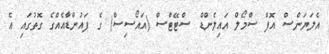
އެލަޔަންސް އޮފް ސްމޯލް އައިލެންޑް ސްޓޭޓްސް (އައޯސިސް) ގެ ފައުންޑާއެއްގެ ގޮތުގައި އެ